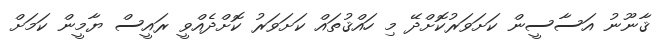
ޤާނޫނު އަސާސީން ކަށަވަރުކޮށްދޭ މި ހައްޤުތައް ކަށަވަރު ކޮށްދެއްވީ ރައީސް ޔާމީން ކަމަށް